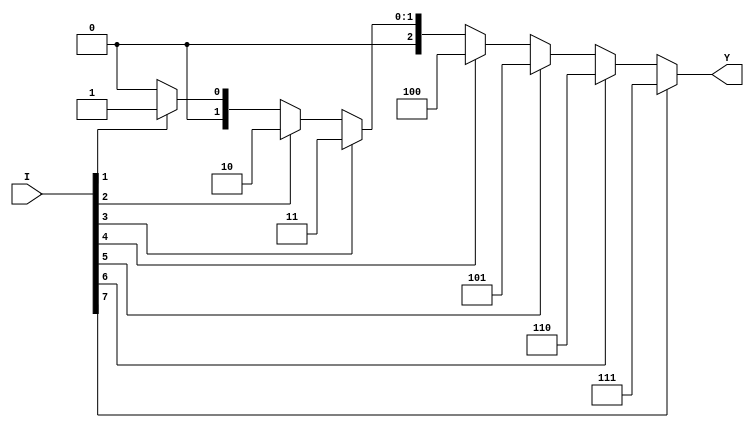
module prio_enc(I,Y);
  
  input [7:0]I;
  output [2:0]Y;
  
  assign Y= I[7] ? 3'b111:(I[6] ? 3'b110:(I[5] ? 3'b101:(I[4] ? 3'b100:(I[3] ? 3'b011:(I[2] ? 3'b010:(I[1] ? 3'b001: 3'b000))))));
  
endmodule